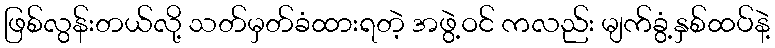
ဖြစ်လွန်းတယ်လို့ သတ်မှတ်ခံထားရတဲ့ အဖွဲ့ဝင် ကလည်း မျက်ခွံ့နှစ်ထပ်နဲ့